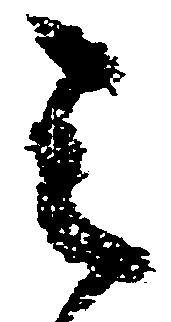
令